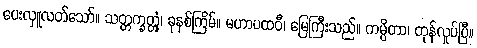
ပေးလှူလတ်သော်။ သတ္တက္ခတ္တုံ၊ ခုနစ်ကြိမ်။ မဟာပထဝီ၊ မြေကြီးသည်။ ကမ္ပိတာ၊ တုန်လှုပ်ပြီ။